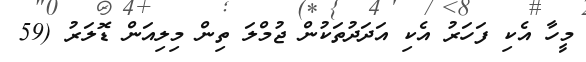
މީހާ އެކި ފަހަރު އެކި އަދަދުތަކުން ޖުމްލަ ތިން މިލިއަން ޑޮލަރު (59